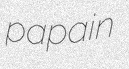
papain